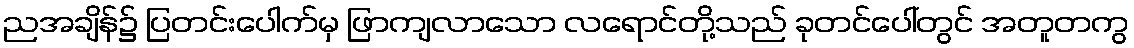
ညအချိန်၌ ပြတင်းပေါက်မှ ဖြာကျလာသော လရောင်တို့သည် ခုတင်ပေါ်တွင် အတူတကွ